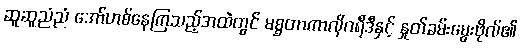
ဆူဆူညံညံ အော်ဟစ်နေကြသည့်အထဲတွင် မစ္စတာကာလိုဂရီဒီနှင့် နှုတ်ခမ်းမွေးဗိုလ်၏